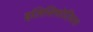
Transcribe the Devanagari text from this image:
इलिसिफोलियस